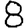
Digit: 8